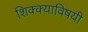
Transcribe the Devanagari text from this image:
शिक्क्याविषयी